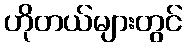
ဟိုတယ်များတွင်